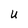
Character: U